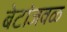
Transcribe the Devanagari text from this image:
बेटांजवळ